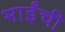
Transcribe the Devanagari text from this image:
भाईंची